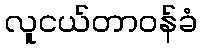
လူငယ်တာဝန်ခံ